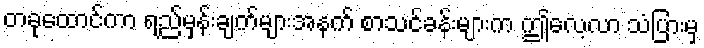
တခုထောင်ကာ ရည်မှန်းချက်များအနက် စာသင်ခန်းများက ဤလေ့လာ သံပြားမှ